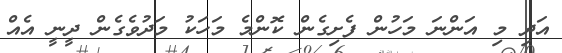
އަދި މި އަންނަ މަހުން ފެށިގެން ކޮންމެ މަހަކު މަދުވެގެން ދީނީ އެއް